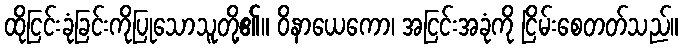
ထိုငြင်းခုံခြင်းကိုပြုသောသူတို့၏။ ဝိနာယေကော၊ အငြင်းအခုံကို ငြိမ်းစေတတ်သည်။